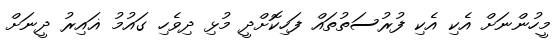
މީހުންނަށް އެކި އެކި ފުރުސަތުތައް ފަހިކޮށްދީ މުޅި ދިވެހި ގައުމު ޣައިރު ދީނަށް